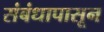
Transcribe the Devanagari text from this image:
संबंधापासून